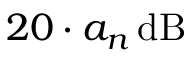
2 0 \cdot a _ { n } \, \mathrm { d B }